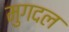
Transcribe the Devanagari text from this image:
मुगदल